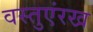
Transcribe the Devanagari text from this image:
वस्तुएंरख